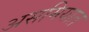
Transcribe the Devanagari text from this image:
असमियात